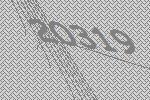
20319